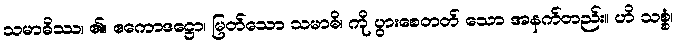
သမာဓိဿ၊ ၏။ ဧကောဒဋ္ဌော၊ မြတ်သော သမာဓိ၊ ကို ပွားစေတတ် သော အနက်တည်း။ ဟိ သစ္စံ၊